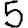
Digit: 5